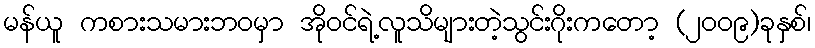
မန်ယူ ကစားသမားဘဝမှာ အိုဝင်ရဲ့လူသိများတဲ့သွင်းဂိုးကတော့ (၂၀၀၉)ခုနှစ်၊